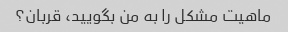
ماهیت مشکل را به من بگویید، قربان؟